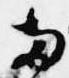
両